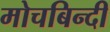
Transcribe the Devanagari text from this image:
मोचबिन्दी